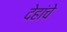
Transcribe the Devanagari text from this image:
देहांचे